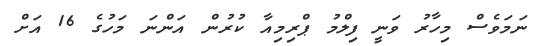
ނަމަވެސް މިހާރު ވަނީ ފިލްމު ޕްރިމިއާ ކުރުން އަންނަ މަހުގެ 16 އަށް